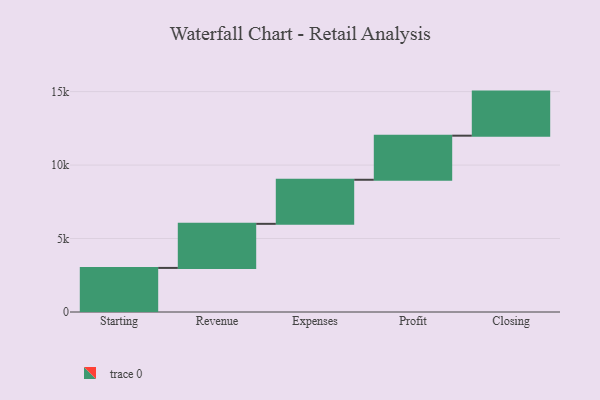
{"axis": {"x": "Step", "y": "Value"}, "legend": [""], "data": [{"x": "Starting", "y": 3000, "type": ""}, {"x": "Revenue", "y": 3000, "type": ""}, {"x": "Expenses", "y": 3000, "type": ""}, {"x": "Profit", "y": 3000, "type": ""}, {"x": "Closing", "y": 3000, "type": ""}]}